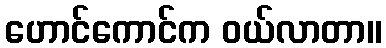
ဟောင်ကောင်က ဝယ်လာတာ။